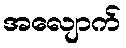
အလျောက်